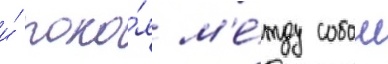
и́ поко́я м'е́жду собои